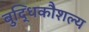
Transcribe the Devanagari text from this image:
बुद्धिकौशल्य